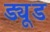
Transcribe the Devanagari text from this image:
ड्यूड